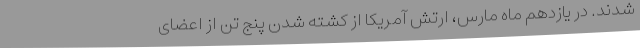
شدند. در یازدهم ماه مارس، ارتش آمریکا از کشته شدن پنج تن از اعضای